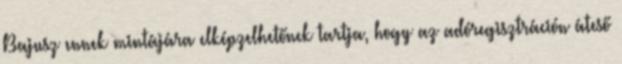
Bajusz ennek mintájára elképzelhetőnek tartja, hogy az adóregisztráción áteső